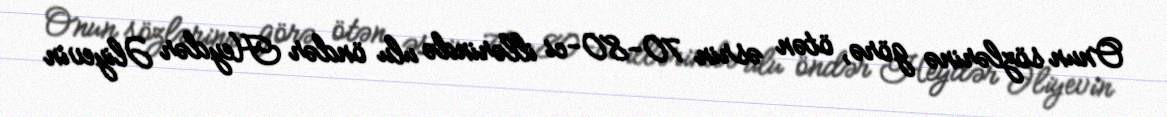
Onun sözlərinə görə, ötən əsrin 70-80-ci illərində ulu öndər Heydər Əliyevin